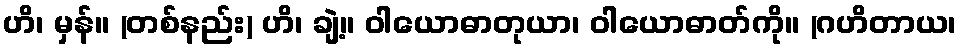
ဟိ၊ မှန်။ (တစ်နည်း) ဟိ၊ ချဲ့။ ဝါယောဓာတုယာ၊ ဝါယောဓာတ်ကို။ (ဂဟိတာယ၊